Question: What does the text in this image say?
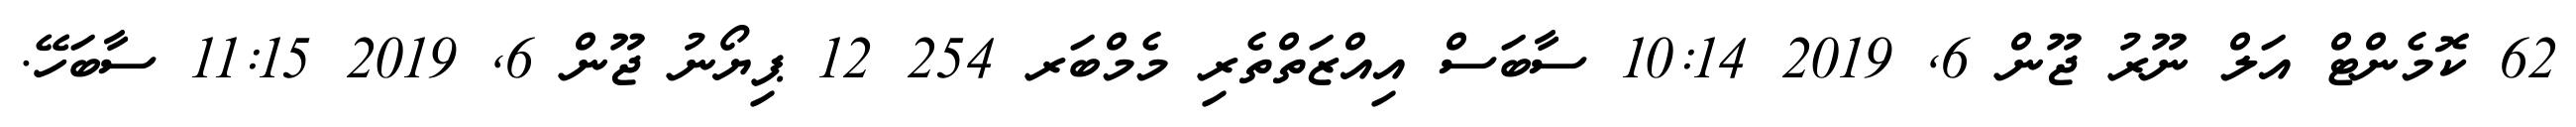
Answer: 62 ކޮމެންޓް އަލް ނޫރު ޖޫން 6, 2019 10:14 ސާބަސް އިއްޒަތްތެރި މެމްބަރ 254 12 ޕިޔޯނު ޖޫން 6, 2019 11:15 ސާބަހޭ.